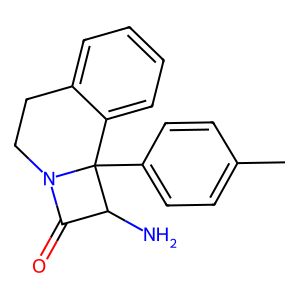
SMILES: Cc1ccc(C23c4ccccc4CCN2C(=O)C3N)cc1
Inhibits HIV replication: No